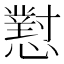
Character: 懟